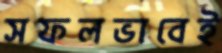
সফলভাবেই